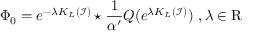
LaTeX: \Phi _ { 0 } = e ^ { - \lambda K _ { L } ( \mathcal { I } ) } \star \frac { 1 } { \alpha ^ { \prime } } Q ( e ^ { \lambda K _ { L } ( \mathcal { I } ) } ) \ , \lambda \in \mathrm { R }